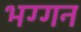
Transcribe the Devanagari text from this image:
भग्गन